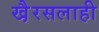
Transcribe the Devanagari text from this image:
खै़रसलाही